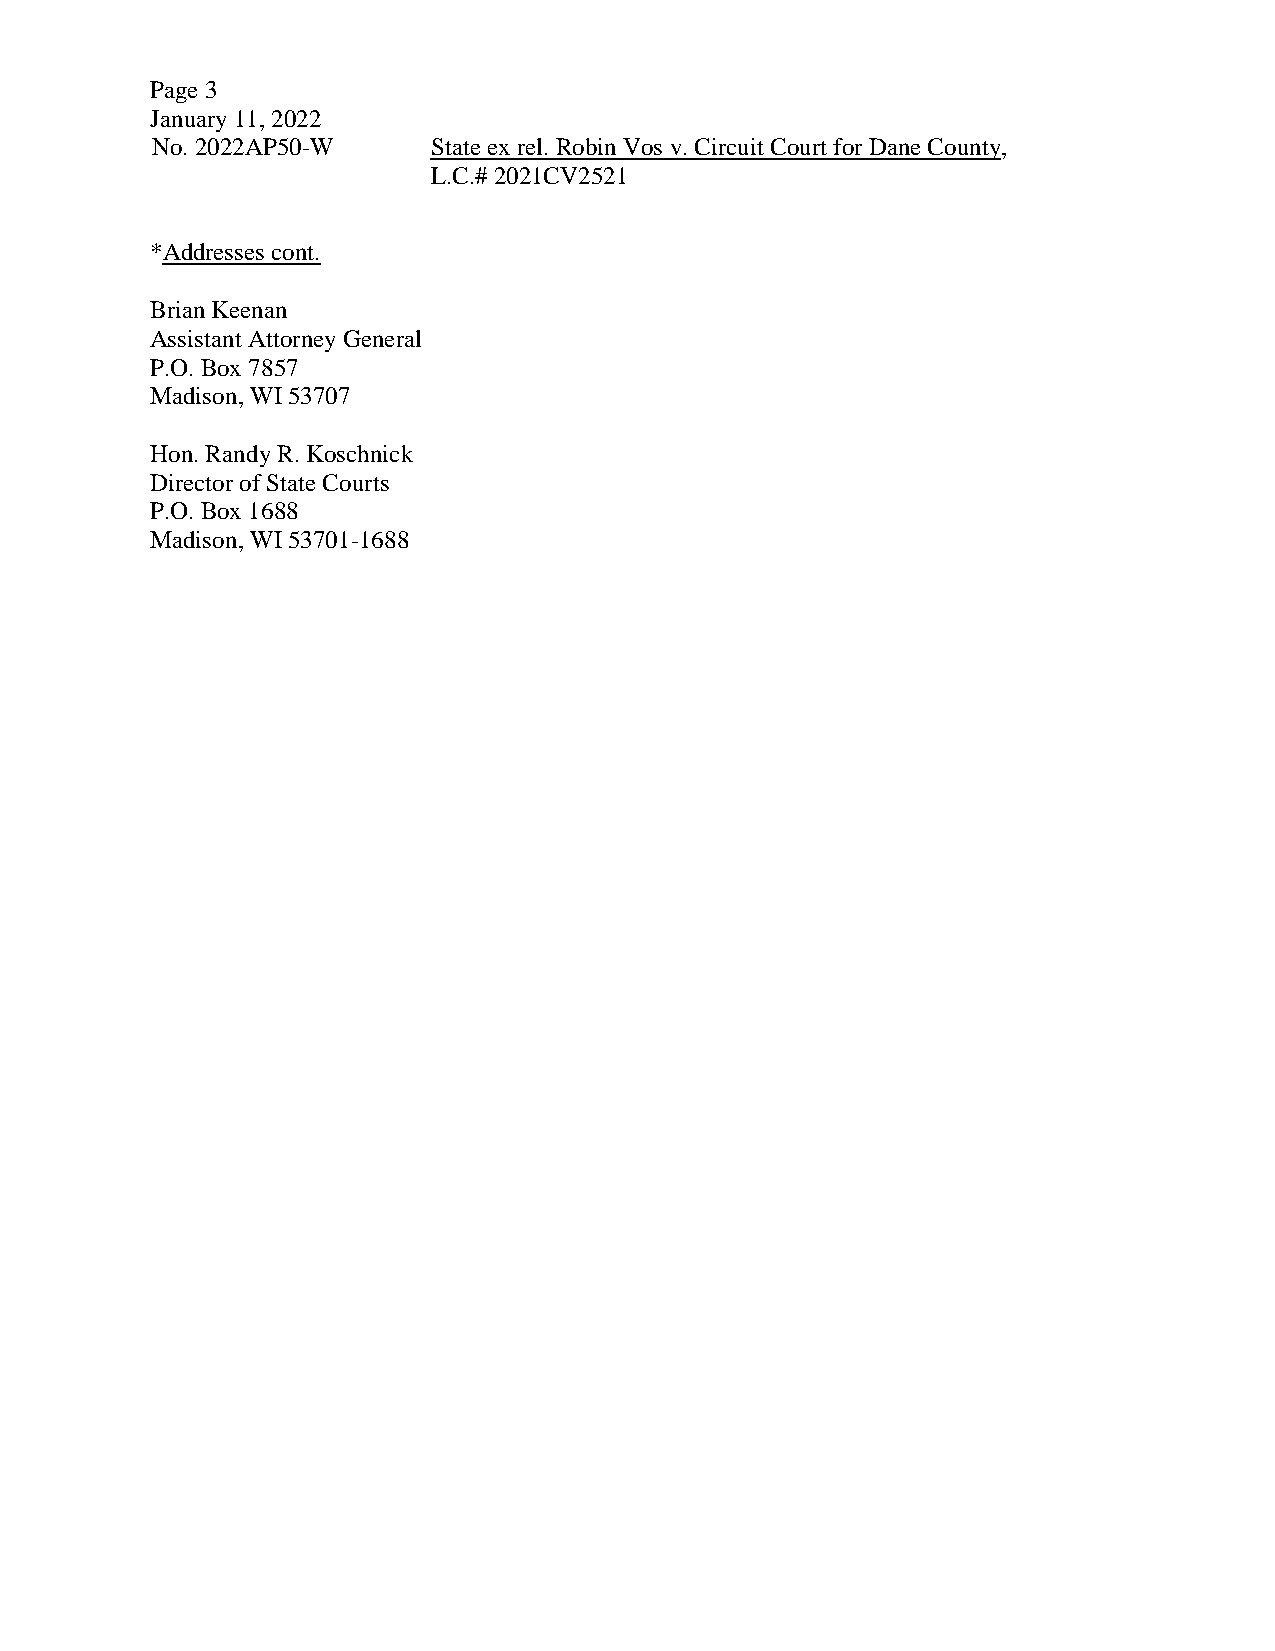
Page 3
 January 11, 2022
 No. 2022AP50-W     State ex rel. Robin Vos v. Circuit Court for Dane County,
 L.C.# 2021CV2521
 *Addresses cont.
 Brian Keenan
 Assistant Attorney General
 P.O. Box 7857
 Madison, WI 53707
 Hon. Randy R. Koschnick
 Director of State Courts
 P.O. Box 1688
 Madison, WI 53701-1688